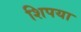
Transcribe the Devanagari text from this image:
शिपया